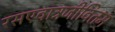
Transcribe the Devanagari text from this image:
रसएवात्रजीवितम्